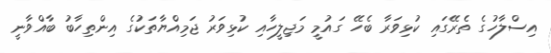
އިސްލާހުގެ ތެރޭގައި ކުޅިވަރާ ބެހޭ ގައުމީ މަޖިލީހާއި ކުޅިވަރު ޖަމިއްޔާތަކުގެ އިންތިހާބު ބާއްވާނީ